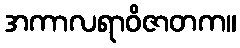
အကာလရာဝိဇာတက။